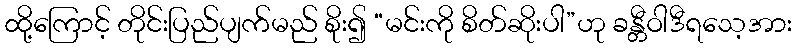
ထို့ကြောင့် တိုင်းပြည်ပျက်မည် စိုး၍ “မင်းကို စိတ်ဆိုးပါ”ဟု ခန္တီဝါဒီရသေ့အား